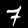
Label: 7